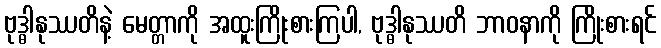
ဗုဒ္ဓါနုဿတိနဲ့ မေတ္တာကို အထူးကြိုးစားကြပါ, ဗုဒ္ဓါနုဿတိ ဘာဝနာကို ကြိုးစားရင်